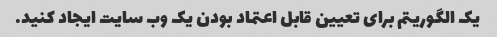
یک الگوریتم برای تعیین قابل اعتماد بودن یک وب سایت ایجاد کنید.